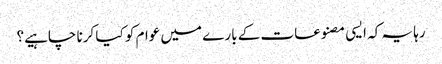
رہا یہ کہ ایسی مصنوعات کے بارے میں عوام کو کیا کرنا چاہیے؟